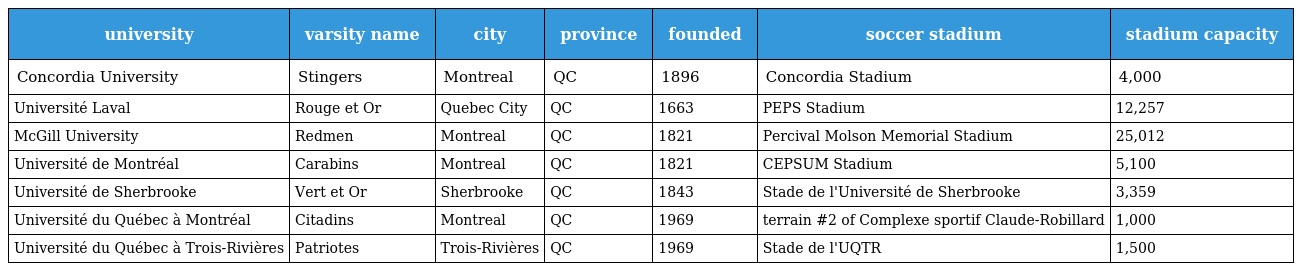
| university | varsity name | city | province | founded | soccer stadium | stadium capacity |
 | --- | --- | --- | --- | --- | --- | --- |
 | Concordia University | Stingers | Montreal | QC | 1896 | Concordia Stadium | 4,000 |
 | Université Laval | Rouge et Or | Quebec City | QC | 1663 | PEPS Stadium | 12,257 |
 | McGill University | Redmen | Montreal | QC | 1821 | Percival Molson Memorial Stadium | 25,012 |
 | Université de Montréal | Carabins | Montreal | QC | 1821 | CEPSUM Stadium | 5,100 |
 | Université de Sherbrooke | Vert et Or | Sherbrooke | QC | 1843 | Stade de l'Université de Sherbrooke | 3,359 |
 | Université du Québec à Montréal | Citadins | Montreal | QC | 1969 | terrain #2 of Complexe sportif Claude-Robillard | 1,000 |
 | Université du Québec à Trois-Rivières | Patriotes | Trois-Rivières | QC | 1969 | Stade de l'UQTR | 1,500 |